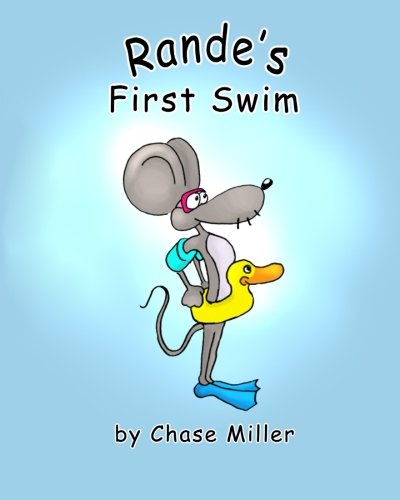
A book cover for Rande's First Swim: Water Safety and Swimming (Rande the Mouse) (Volume 2); Chase Miller; Children's Books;